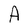
Character: A